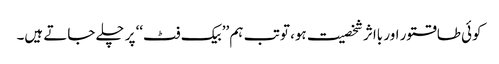
کوئی طاقتور اور بااثر شخصیت ہو، تو تب ہم ’’بیک فٹ‘‘ پر چلے جاتے ہیں۔